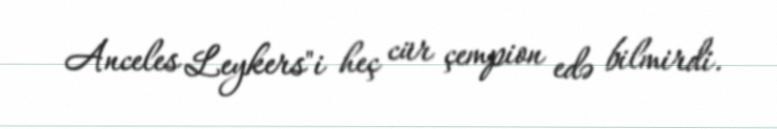
Anceles Leykers"i heç cür çempion edə bilmirdi.